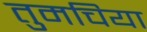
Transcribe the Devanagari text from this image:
तुमचिया